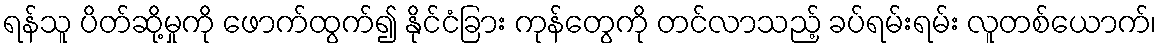
ရန်သူ ပိတ်ဆို့မှုကို ဖောက်ထွက်၍ နိုင်ငံခြား ကုန်တွေကို တင်လာသည့် ခပ်ရမ်းရမ်း လူတစ်ယောက်၊